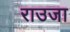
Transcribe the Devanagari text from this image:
राउजा